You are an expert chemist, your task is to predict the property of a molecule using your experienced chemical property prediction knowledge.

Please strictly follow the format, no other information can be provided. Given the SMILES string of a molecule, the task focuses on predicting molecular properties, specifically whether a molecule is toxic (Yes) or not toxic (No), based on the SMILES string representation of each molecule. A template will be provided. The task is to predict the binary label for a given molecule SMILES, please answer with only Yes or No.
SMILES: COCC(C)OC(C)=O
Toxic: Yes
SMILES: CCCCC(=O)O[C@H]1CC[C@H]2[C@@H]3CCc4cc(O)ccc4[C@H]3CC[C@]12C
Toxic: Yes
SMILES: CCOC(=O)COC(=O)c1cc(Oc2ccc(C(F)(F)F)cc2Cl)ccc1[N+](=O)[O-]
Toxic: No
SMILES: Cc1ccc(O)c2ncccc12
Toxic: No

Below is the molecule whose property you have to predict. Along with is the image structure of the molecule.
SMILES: COc1ccc(N)cc1
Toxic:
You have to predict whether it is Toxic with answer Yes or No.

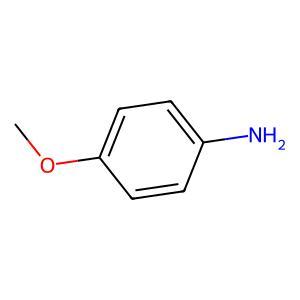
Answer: No